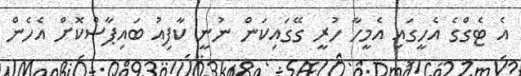
އެ ޓެގްގެ އެހީގައި އެމީހާ ހުރީ ގޭގައިކަން ނުނީ ކާފިއު ބައިޕާސްކޮށް އެހެން